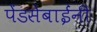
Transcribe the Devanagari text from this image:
पेंडसेबाईंनी